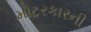
મોટરકારની